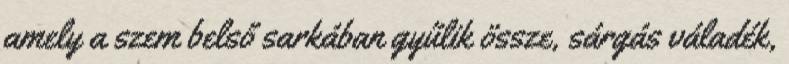
amely a szem belső sarkában gyűlik össze, sárgás váladék,